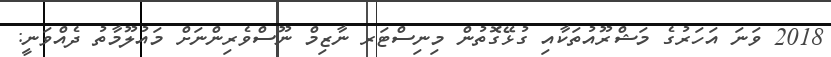
2018 ވަނަ އަހަރުގެ މަޝްރޫއުތަކާއި ގުޅޭގޮތުން މިނިސްޓަރ ނާޒިމް ނޫސްވެރިންނަށް މައުލޫމާތު ދެއްވަނީ: